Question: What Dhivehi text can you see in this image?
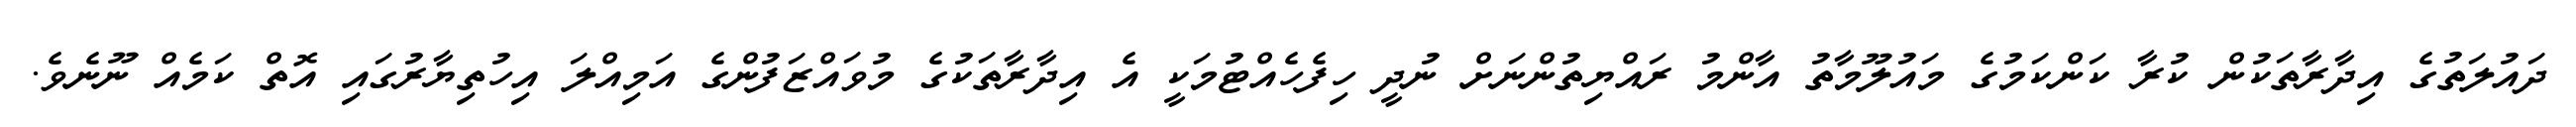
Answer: ދައުލަތުގެ އިދާރާތަކުން ކުރާ ކަންކަމުގެ މައުލޫމާތު އާންމު ރައްޔިތުންނަށް ނުދީ ހިފެހެއްޓުމަކީ އެ އިދާރާތަކުގެ މުވައްޒަފުންގެ އަމިއްލަ އިހުތިޔާރުގައި އޮތް ކަމެއް ނޫނެވެ.